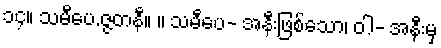
၁၄။ သမီပေ.ဇ္ဇတနီ။ ။ သမီပေ- အနီးဖြစ်သော၊ ဝါ- အနီးမှ